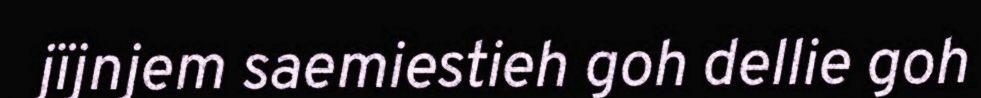
jïjnjem saemiestieh goh dellie goh